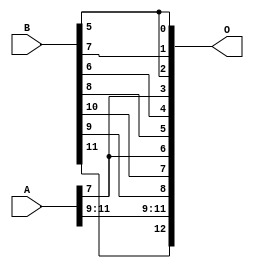
/***
* This code is a part of EvoApproxLib library (ehw.fit.vutbr.cz/approxlib) distributed under The MIT License.
* When used, please cite the following article(s): V. Mrazek, Z. Vasicek and R. Hrbacek, "Role of circuit representation in evolutionary design of energy-efficient approximate circuits" in IET Computers & Digital Techniques, vol. 12, no. 4, pp. 139-149, 7 2018. doi: 10.1049/iet-cdt.2017.0188 
* This file contains a circuit from a sub-set of pareto optimal circuits with respect to the pwr and mse parameters
***/
// MAE% = 12.50 %
// MAE = 1024 
// WCE% = 25.00 %
// WCE = 2048 
// WCRE% = 100.00 %
// EP% = 100.00 %
// MRE% = 30.62 %
// MSE = 13015.54e2 
// PDK45_PWR = 0.000 mW
// PDK45_AREA = 0.0 um2
// PDK45_DELAY = 0.00 ns

module add12u_2MB(A, B, O);
  input [11:0] A, B;
  output [12:0] O;
  wire n_36, n_42, n_37, n_23, n_22, n_21, n_20, n_27, n_26, n_25;
  wire n_24, n_29, n_28, n_39, n_38, n_8, n_9, n_4, n_5, n_6;
  wire n_7, n_0, n_1, n_2, n_3, n_30, n_31, n_32, n_33, n_34;
  wire n_35, n_18, n_19, n_16, n_17, n_14, n_15, n_12, n_13, n_10;
  wire n_11, n_45, n_44, n_43, n_47, n_46, n_41, n_40;
  assign n_0 = A[0];
  assign n_1 = A[0];
  assign n_2 = A[1];
  assign n_3 = A[1];
  assign n_4 = A[2];
  assign n_5 = A[2];
  assign n_6 = A[3];
  assign n_7 = A[3];
  assign n_8 = A[4];
  assign n_9 = A[4];
  assign n_10 = A[5];
  assign n_11 = A[5];
  assign n_12 = A[6];
  assign n_13 = A[6];
  assign n_14 = A[7];
  assign n_15 = A[7];
  assign n_16 = A[8];
  assign n_17 = A[8];
  assign n_18 = A[9];
  assign n_19 = A[9];
  assign n_20 = A[10];
  assign n_21 = A[10];
  assign n_22 = A[11];
  assign n_23 = A[11];
  assign n_24 = B[0];
  assign n_25 = B[0];
  assign n_26 = B[1];
  assign n_27 = B[1];
  assign n_28 = B[2];
  assign n_29 = B[2];
  assign n_30 = B[3];
  assign n_31 = B[3];
  assign n_32 = B[4];
  assign n_33 = B[4];
  assign n_34 = B[5];
  assign n_35 = B[5];
  assign n_36 = B[6];
  assign n_37 = B[6];
  assign n_38 = B[7];
  assign n_39 = B[7];
  assign n_40 = B[8];
  assign n_41 = B[8];
  assign n_42 = B[9];
  assign n_43 = B[9];
  assign n_44 = B[10];
  assign n_45 = B[10];
  assign n_46 = B[11];
  assign n_47 = B[11];
  assign O[0] = n_34;
  assign O[1] = n_38;
  assign O[2] = n_34;
  assign O[3] = n_14;
  assign O[4] = n_36;
  assign O[5] = n_40;
  assign O[6] = n_14;
  assign O[7] = n_44;
  assign O[8] = n_42;
  assign O[9] = n_18;
  assign O[10] = n_20;
  assign O[11] = n_22;
  assign O[12] = n_46;
endmodule